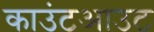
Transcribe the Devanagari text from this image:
काउंटआउट